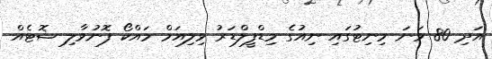
އަދި 80 ވަނަ މިނިޓުގައި ނިއުގެ މިޑްފީލްޑަރު ވިލިއަމް މައްކޯ ފޮނުވާލި ޝޮޓެއް